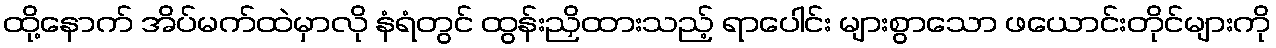
ထို့နောက် အိပ်မက်ထဲမှာလို နံရံတွင် ထွန်းညှိထားသည့် ရာပေါင်း များစွာသော ဖယောင်းတိုင်များကို